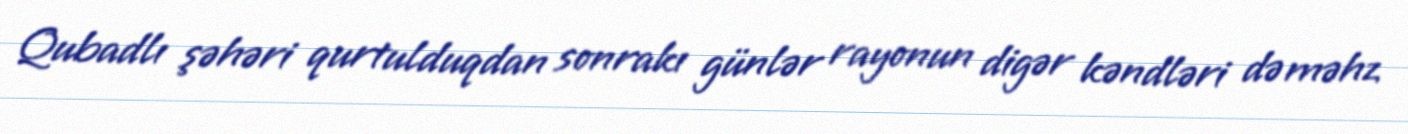
Qubadlı şəhəri qurtulduqdan sonrakı günlər rayonun digər kəndləri də məhz